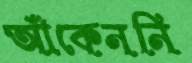
আঁকেননি